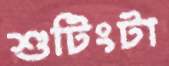
শুটিংটা